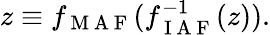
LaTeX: z\equiv f_{\mathrm{~M~A~F~}}(f_{\mathrm{~I~A~F~}}^{-1}(z)).